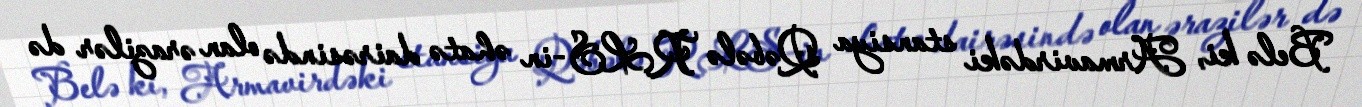
Belə ki, Armavirdəki stansiya Qəbələ RLS-in əhatə dairəsində olan ərazilər də